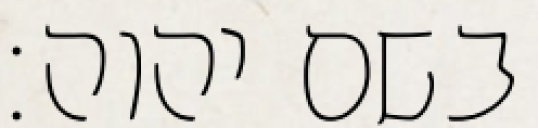
בשם יהוה׃